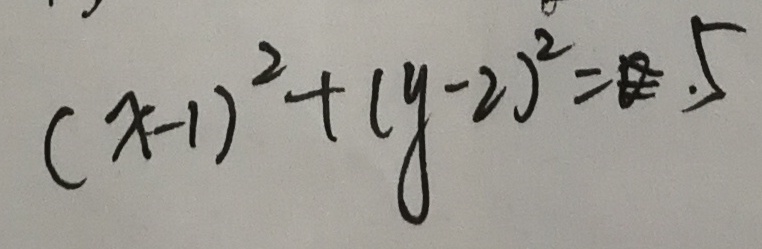
( x - 1 ) ^ { 2 } + ( y - 2 ) ^ { 2 } = 5